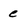
Character: e